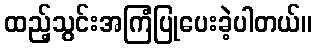
ထည့်သွင်းအကြံပြုပေးခဲ့ပါတယ်။